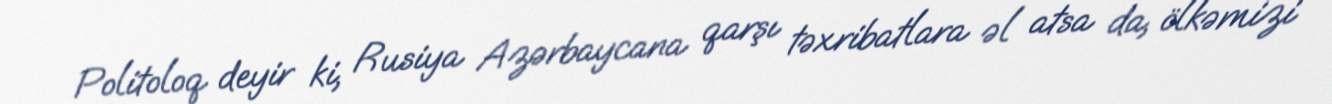
Politoloq deyir ki, Rusiya Azərbaycana qarşı təxribatlara əl atsa da, ölkəmizi